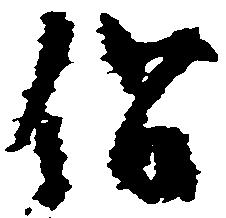
僧